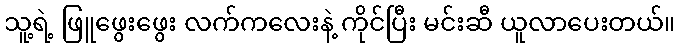
သူ့ရဲ့ ဖြူဖွေးဖွေး လက်ကလေးနဲ့ ကိုင်ပြီး မင်းဆီ ယူလာပေးတယ်။